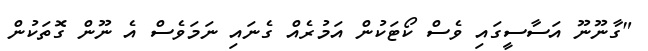
"ގާނޫނޫ އަސާސީގައި ވެސް ކޯޓަކުން އަމުރެއް ގެނައި ނަމަވެސް އެ ނޫން ގޮތަކުން